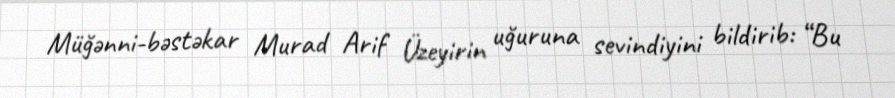
Müğənni-bəstəkar Murad Arif Üzeyirin uğuruna sevindiyini bildirib: “Bu